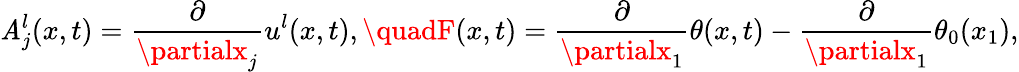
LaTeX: \mathit{A}_{j}^{l}(x,t)=\frac{{\partial}}{{\partialx_{j}}}u^{l}(x,t),\quadF(x,t)=\frac{{\partial}}{{\partialx_{1}}}\theta(x,t)-\frac{{\partial}}{{\partialx_{1}}}\theta_{0}(x_{1}),